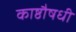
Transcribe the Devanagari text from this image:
काष्ठौषधी